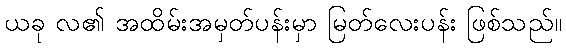
ယခု လ၏ အထိမ်းအမှတ်ပန်းမှာ မြတ်လေးပန်း ဖြစ်သည်။